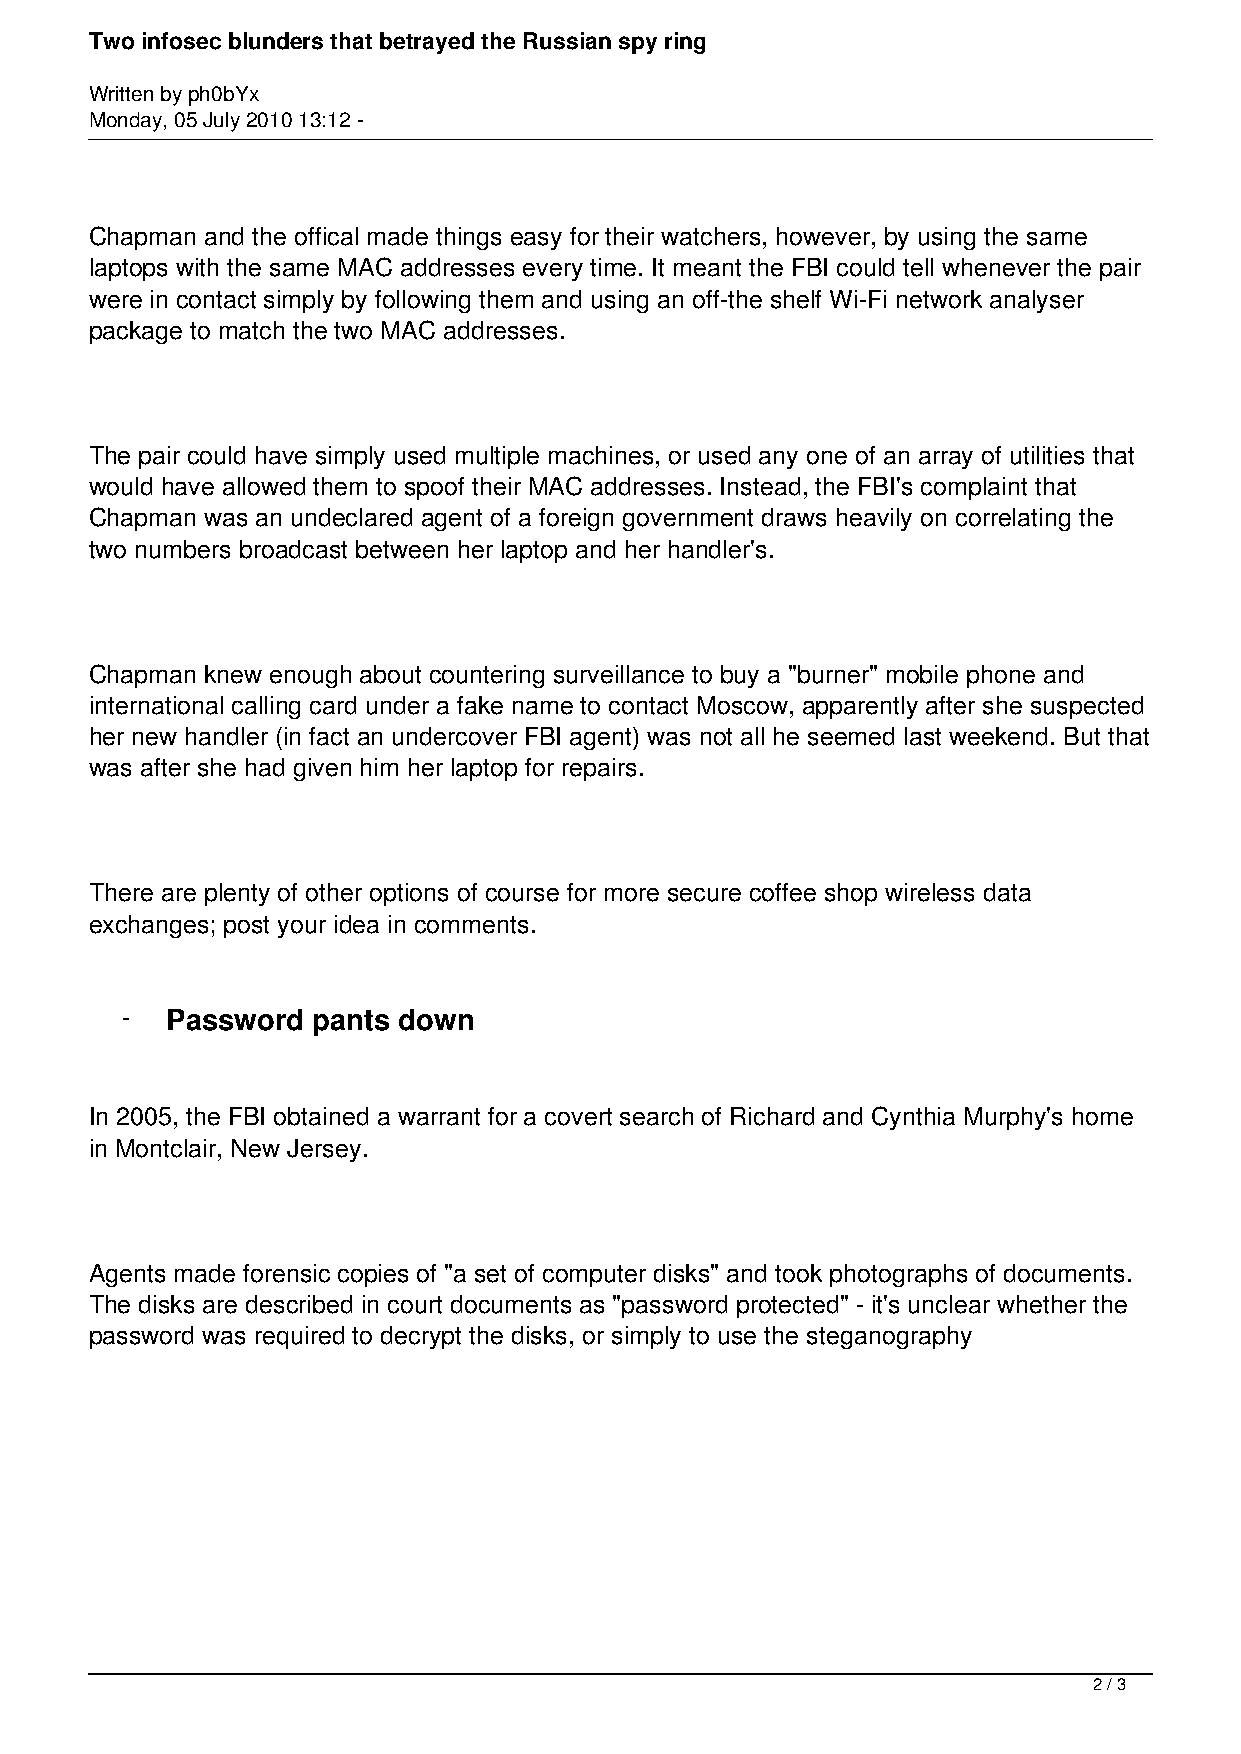
Two infosec blunders that betrayed the Russian spy ring
 Written by ph0bYx
 Monday, 05 July 2010 13:12 -
 Chapman and the offical made things easy for their watchers, however, by using the same
 laptops with the same MAC addresses every time. It meant the FBI could tell whenever the pair
 were in contact simply by following them and using an off-the shelf Wi-Fi network analyser
 package to match the two MAC addresses.
 The pair could have simply used multiple machines, or used any one of an array of utilities that
 would have allowed them to spoof their MAC addresses. Instead, the FBI's complaint that
 Chapman was an undeclared agent of a foreign government draws heavily on correlating the
 two numbers broadcast between her laptop and her handler's.
 Chapman knew enough about countering surveillance to buy a "burner" mobile phone and
 international calling card under a fake name to contact Moscow, apparently after she suspected
 her new handler (in fact an undercover FBI agent) was not all he seemed last weekend. But that
 was after she had given him her laptop for repairs.
 There are plenty of other options of course for more secure coffee shop wireless data
 exchanges; post your idea in comments.
 -  Password  pants down
 In 2005, the FBI obtained a warrant for a covert search of Richard and Cynthia Murphy's home
 in Montclair, New Jersey.
 Agents made forensic copies of "a set of computer disks" and took photographs of documents.
 The disks are described in court documents as "password protected" - it's unclear whether the
 password was required to decrypt the disks, or simply to use the steganography
 2 / 3